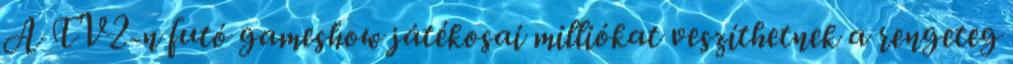
A TV2-n futó gameshow játékosai milliókat veszíthetnek a rengeteg